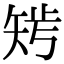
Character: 𥏁